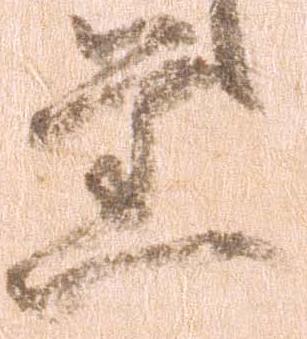
旧